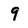
Character: 9